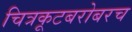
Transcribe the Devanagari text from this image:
चित्रकूटबरोबरच